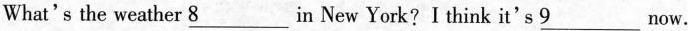
What's the weather\underline{8}in New York?I think it's \underline{9}now.